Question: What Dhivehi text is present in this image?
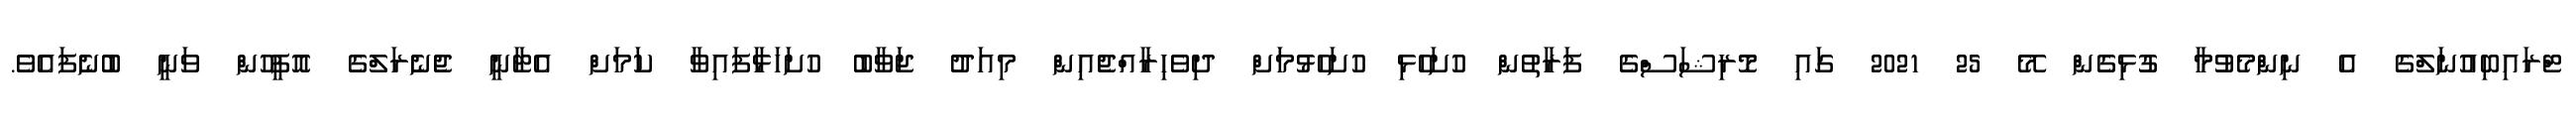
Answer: ޓްރައިބިއުނަލްގެ އެ ނިންމެވުމާ ގުޅިގެން މޭ 25 2021 ގައި މޮރިޝަސްގެ ފަރާތުން ހުށަހެޅި ހުށަހެޅުމަށް ދިވެހިރާއްޖެއިން މިއަދު ޖަވާބު ހުށަހަޅާފައިވާ ކަމަށް އެޓާނީ ޖެނެރަލްގެ އޮފީހުން ވަނީ ބުނެފައެވެ.